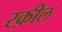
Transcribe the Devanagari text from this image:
रक़ील